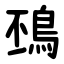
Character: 䲹